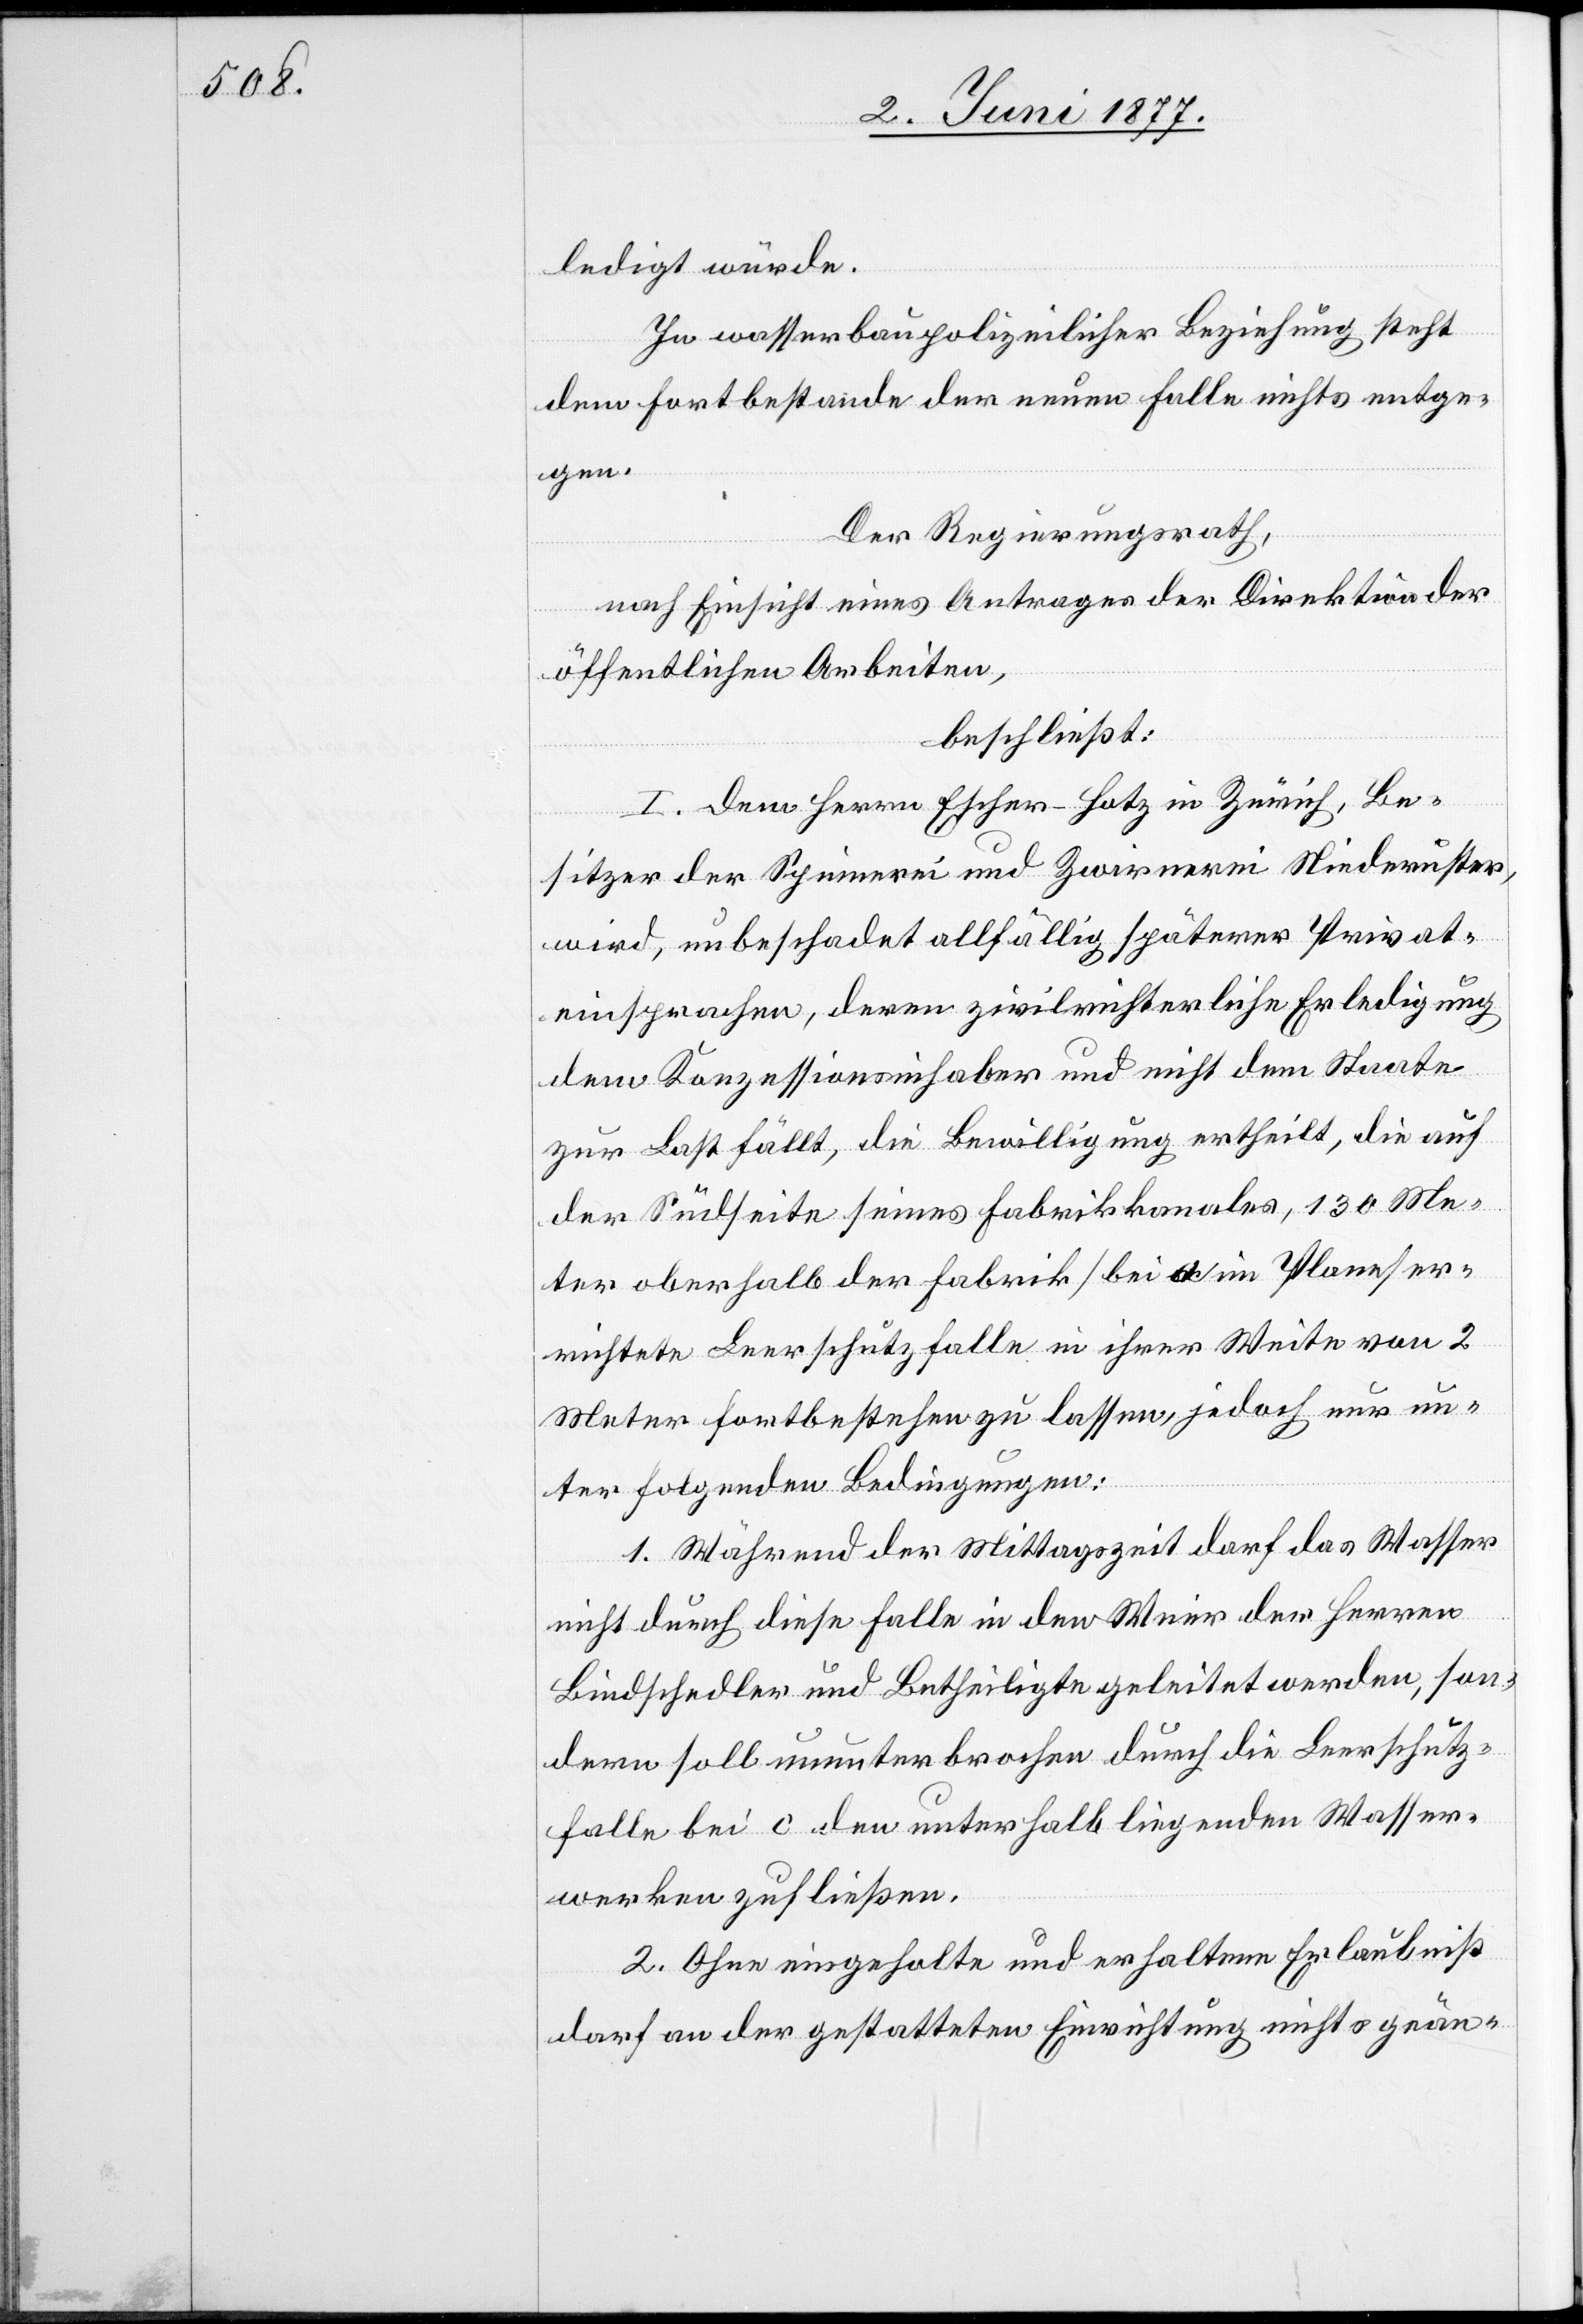
ledigt würde.
In Wasserbaupolizeilicher Beziehung steht
dem Fortbestande der neuen Falle nichts entge¬
gen.
Der Regierungsrath,
nach Einsicht eines Antrages der Direktion der
öffentlichen Arbeiten,
beschließt:
I. Dem Herrn Escher-Hotz in Zürich, Be¬
sitzer der Spinnerei und Zwirnerei Niederuster,
wird, unbeschadet allfällig späterer Privat¬
einsprachen, deren zivilrichterliche Erledigung
dem Konzessionsinhaber und nicht dem Staate
zur Last fällt, die Bewilligung ertheilt, die auf
der Südseite seines Fabrikkanales, 130 Me¬
ter oberhalb der Fabrik [bei [?a] im Plan] er¬
richtete Leerschutzfalle in ihrer Weite von 2
Meter fortbestehen zu lassen, jedoch nur un¬
ter folgenden Bedingungen:
1. Während der Mittagszeit darf das Wasser
nicht durch diese Falle in den Weier der Herren
Bindschedler und Betheiligte geleitet werden, son¬
dern soll ununterbrochen durch die Leerschutz¬
falle bei c den unterhalb liegenden Wasser¬
werken zufließen.
2. Ohne eingeholte und erhaltene Erlaubniß
darf an der gestatteten Einrichtung nichts geän-